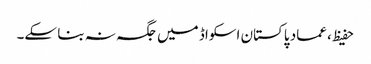
حفیظ، عماد پاکستان اسکواڈ میں جگہ نہ بنا سکے۔